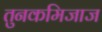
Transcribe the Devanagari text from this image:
तुनकमिजाज